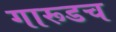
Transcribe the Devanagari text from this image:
गारूडच